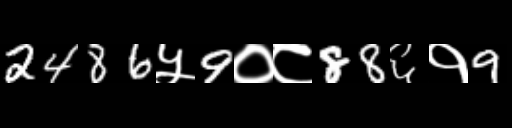
Text: 2486५9०८88६१9